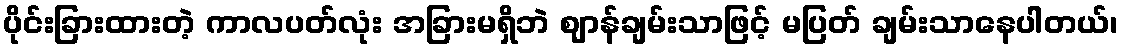
ပိုင်းခြားထားတဲ့ ကာလပတ်လုံး အခြားမရှိဘဲ ဈာန်ချမ်းသာဖြင့် မပြတ် ချမ်းသာနေပါတယ်၊